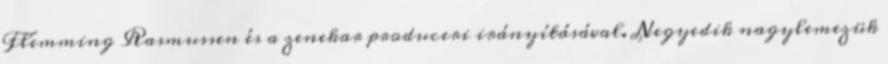
Flemming Rasmussen és a zenekar produceri irányításával. Negyedik nagylemezük